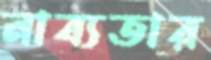
নাব্যতার